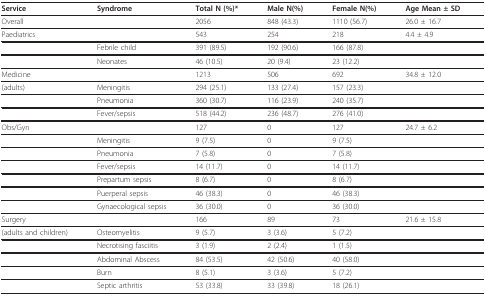
<table><thead><tr><td><b>Service</b></td><td><b>Syndrome</b></td><td><b>Total N (%)*</b></td><td><b>Male N(%)</b></td><td><b>Female N(%)</b></td><td><b>Age Mean ± SD</b></td></tr></thead><tbody><tr><td>Overall</td><td></td><td>2056</td><td>848 (43.3)</td><td>1110 (56.7)</td><td>26.0 ± 16.7</td></tr><tr><td>Paediatrics</td><td></td><td>543</td><td>254</td><td>218</td><td>4.4 ± 4.9</td></tr><tr><td></td><td>Febrile child</td><td>391 (89.5)</td><td>192 (90.6)</td><td>166 (87.8)</td><td></td></tr><tr><td></td><td>Neonates</td><td>46 (10.5)</td><td>20 (9.4)</td><td>23 (12.2)</td><td></td></tr><tr><td>Medicine</td><td></td><td>1213</td><td>506</td><td>692</td><td>34.8 ± 12.0</td></tr><tr><td>(adults)</td><td>Meningitis</td><td>294 (25.1)</td><td>133 (27.4)</td><td>157 (23.3)</td><td></td></tr><tr><td></td><td>Pneumonia</td><td>360 (30.7)</td><td>116 (23.9)</td><td>240 (35.7)</td><td></td></tr><tr><td></td><td>Fever/sepsis</td><td>518 (44.2)</td><td>236 (48.7)</td><td>276 (41.0)</td><td></td></tr><tr><td>Obs/Gyn</td><td></td><td>127</td><td>0</td><td>127</td><td>24.7 ± 6.2</td></tr><tr><td></td><td>Meningitis</td><td>9 (7.5)</td><td>0</td><td>9 (7.5)</td><td></td></tr><tr><td></td><td>Pneumonia</td><td>7 (5.8)</td><td>0</td><td>7 (5.8)</td><td></td></tr><tr><td></td><td>Fever/sepsis</td><td>14 (11.7)</td><td>0</td><td>14 (11.7)</td><td></td></tr><tr><td></td><td>Prepartum sepsis</td><td>8 (6.7)</td><td>0</td><td>8 (6.7)</td><td></td></tr><tr><td></td><td>Puerperal sepsis</td><td>46 (38.3)</td><td>0</td><td>46 (38.3)</td><td></td></tr><tr><td></td><td>Gynaecological sepsis</td><td>36 (30.0)</td><td>0</td><td>36 (30.0)</td><td></td></tr><tr><td>Surgery</td><td></td><td>166</td><td>89</td><td>73</td><td>21.6 ± 15.8</td></tr><tr><td>(adults and children)</td><td>Osteomyelitis</td><td>9 (5.7)</td><td>3 (3.6)</td><td>5 (7.2)</td><td></td></tr><tr><td></td><td>Necrotising fasciitis</td><td>3 (1.9)</td><td>2 (2.4)</td><td>1 (1.5)</td><td></td></tr><tr><td></td><td>Abdominal Abscess</td><td>84 (53.5)</td><td>42 (50.6)</td><td>40 (58.0)</td><td></td></tr><tr><td></td><td>Burn</td><td>8 (5.1)</td><td>3 (3.6)</td><td>5 (7.2)</td><td></td></tr><tr><td></td><td>Septic arthritis</td><td>53 (33.8)</td><td>33 (39.8)</td><td>18 (26.1)</td><td></td></tr></tbody></table>